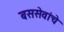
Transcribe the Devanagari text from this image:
बससेवांचे